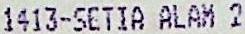
1413-SETIA ALAM 2